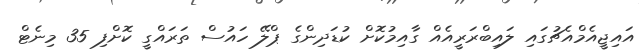
އައިޖީއެމްއެޗުގައި ލައިބްރަރީއެއް ގާއިމުކޮށް ކުޑަދިންގެ ޕްލޭ ހައުސް ތަރައްގީ ކޮށްފި 35 މިނެޓް